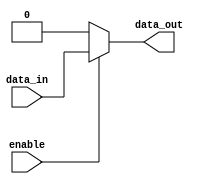
module buffer_enable (
    input wire data_in,
    input wire enable,
    output reg data_out
);

always @ (*) begin
    if (enable) begin
        data_out = data_in;
    end else begin
        data_out = 1'b0; // constant value 0
    end
end

endmodule